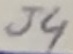
Text: J4